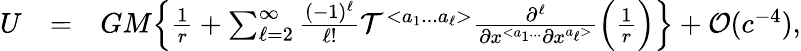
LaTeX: \begin{array}{rlr}{U}&{=}&{GM\Big\{ \frac{1}{r}+\sum_{\ell=2}^{\infty}\frac{(-1)^{\ell}}{\ell!}{\cal T}^{<a_{1}...a_{\ell}>}\frac{\partial^{\ell}}{\partial x^{<a_{1}...}\partial x^{a_{\ell}>}}\Big(\frac{1}{r}\Big)\Big\} +{\cal O}(c^{-4}),}\end{array}